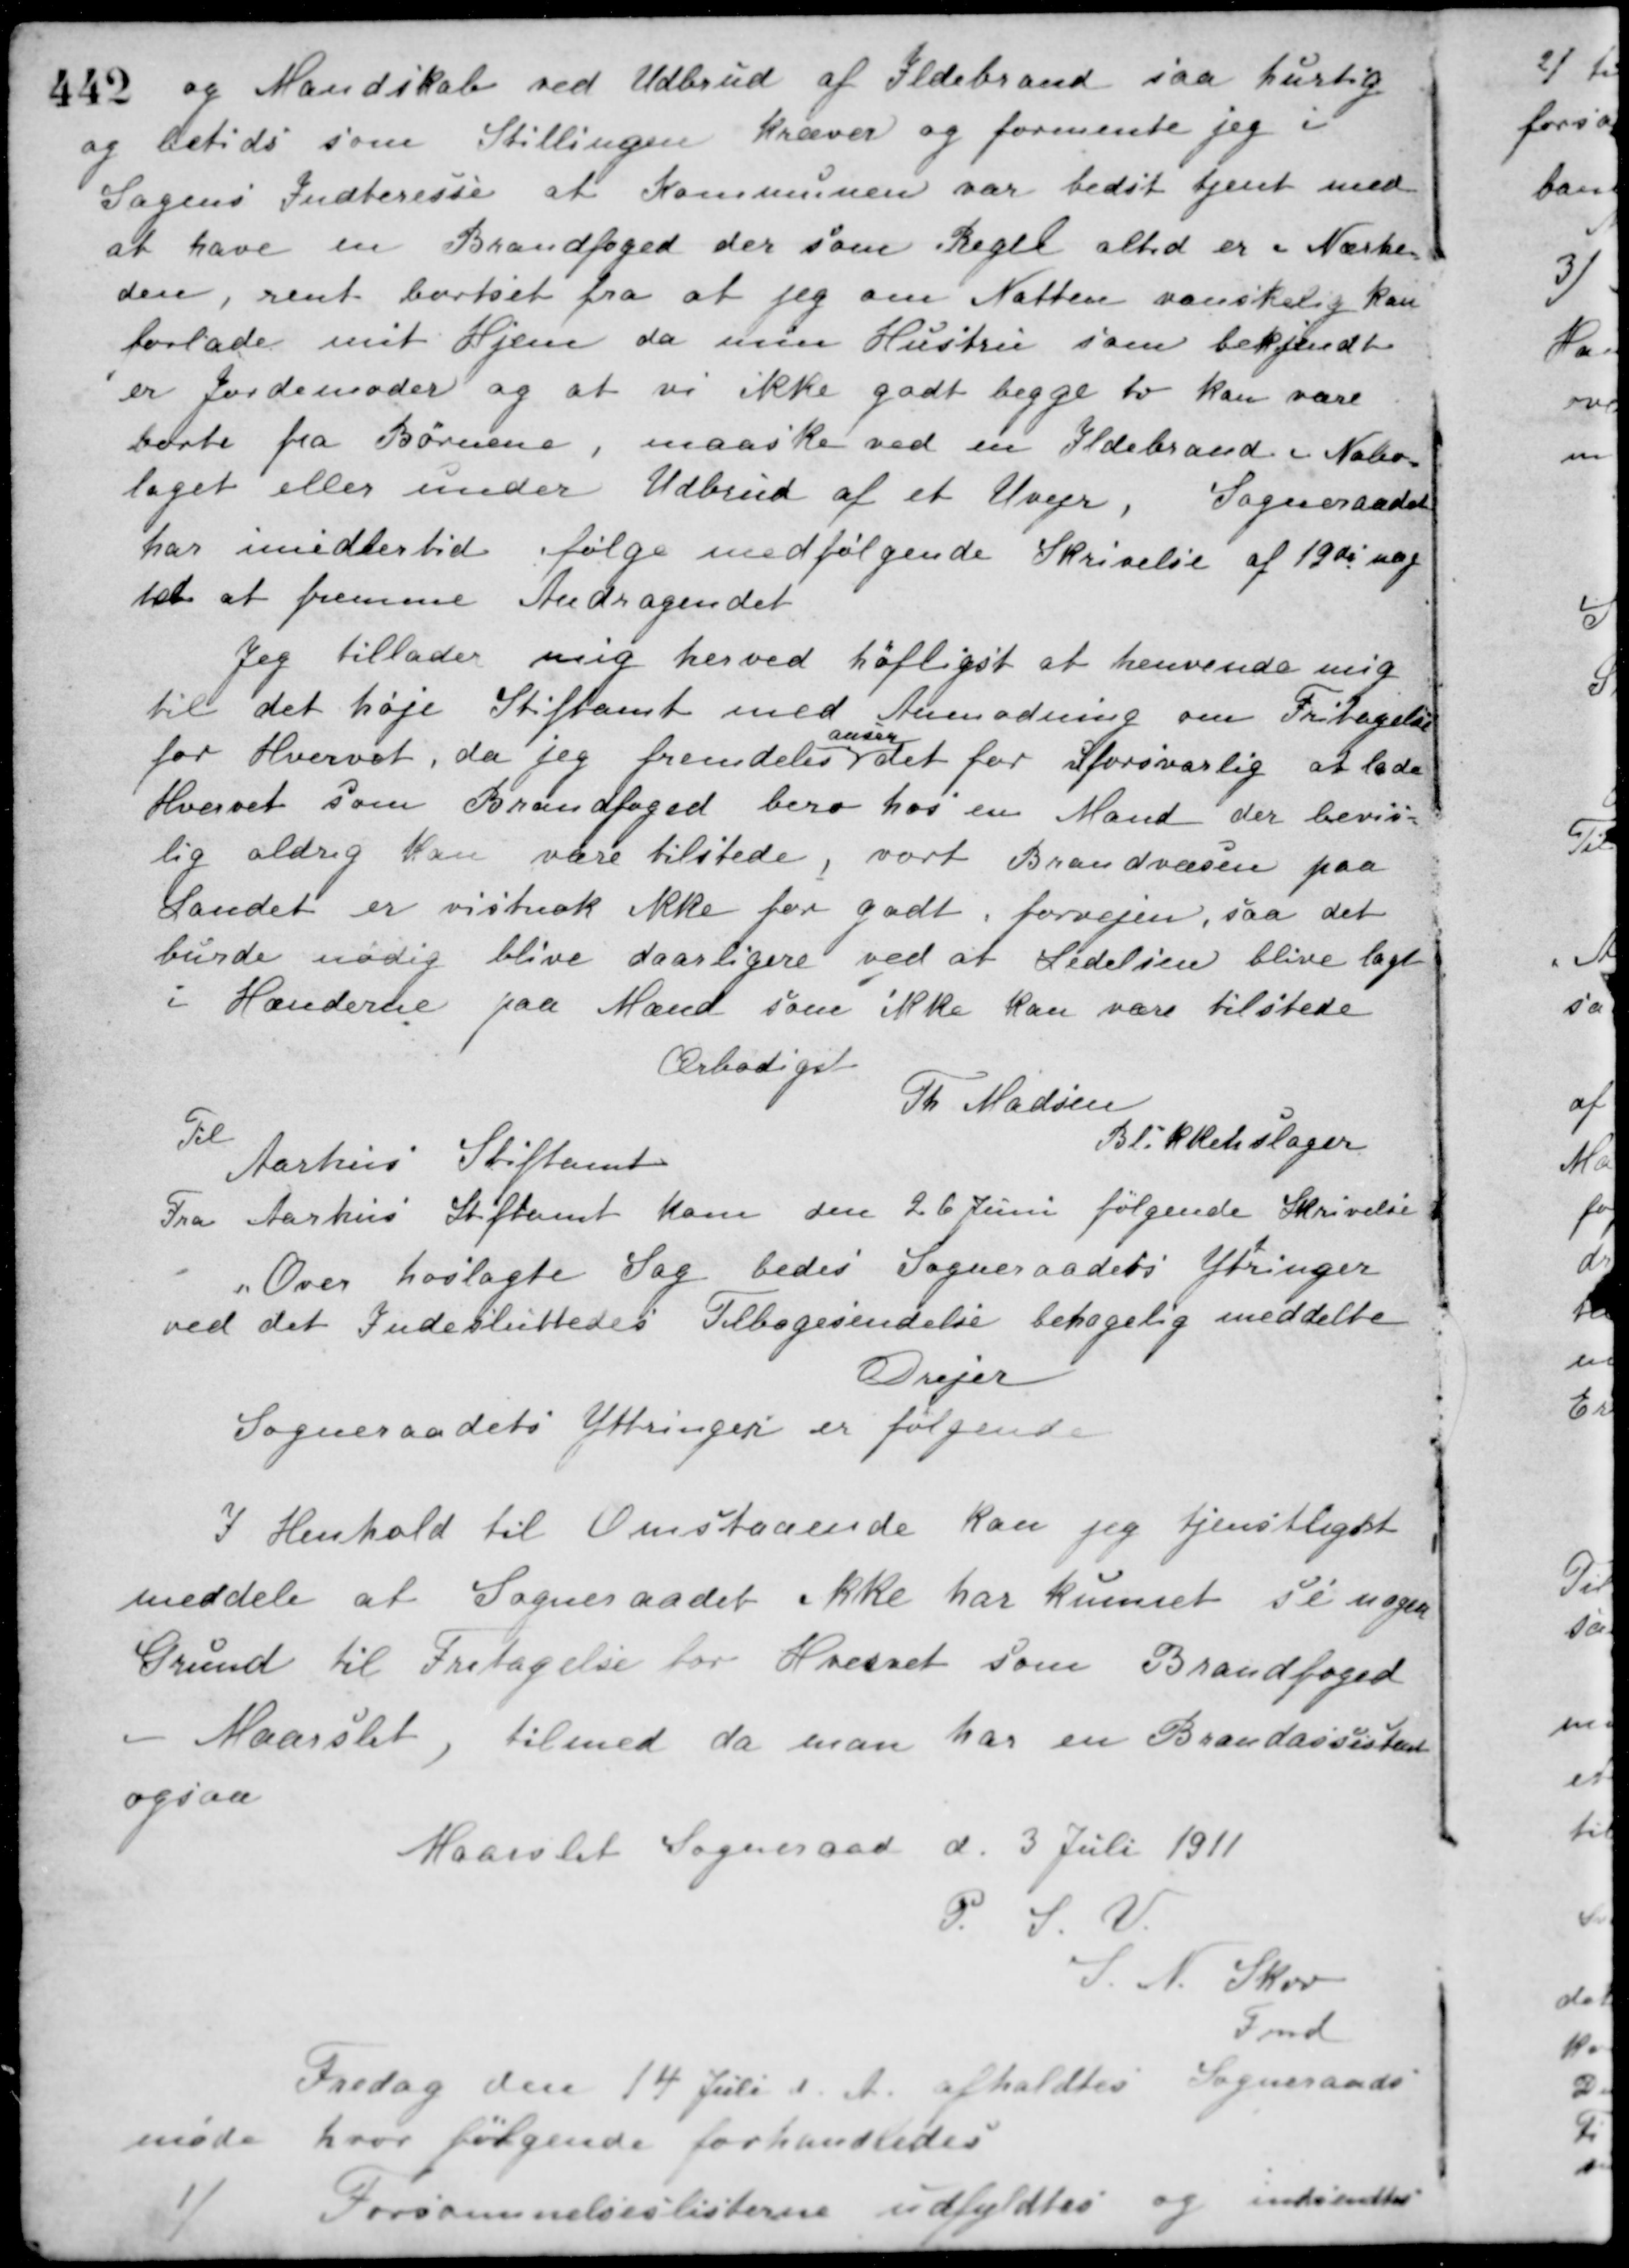
Transskription:
og Mandskab ved Udbrud af Ildebrand saa hurtig
og betids som Stillingen kræver og formente jeg i
Sagens Indteresse at Kommunen var bedst tjent med
at have en Brandfoged der som Regel altid er i Nærhe-
den, rent bortset fra at jeg om Natten vanskelig kan
forlade mit Hjem, da min Hustru som bekjendt
er Jordemoder og at vi ikke godt begge to kan være
borte fra Børnene, maaske ved en Ildebrand i Nabo-
laget eller under Udbrud af et Uvejr. Sogneraadet
har imidlertid ifølge medfølgende Skrivelse af 19de næg-
tet at fremme Andragendet.
Jeg tillader mig herved høfligst at henvende mig
til det høje Stiftamt med Anmodning om Fritagelse
for Hvervet, da jeg fremdeles
anser
det for uforsvarlig at lade
Hvervet som Brandfoged bero hos en Mand der bevis-
lig aldrig kan være tilstede, vort Brandvæsen paa
Landet er vistnok ikke for godt i forvejen, saa det
burde nødig blive daarligere ved at Ledelsen blive lagt
i Hænderne paa Mænd som ikke kan være tilstede.
Ærbødigst
Th. Madsen
Blikkenslager
Til
Aarhus Stiftamt
Fra Aarhus Stiftamt kom den 26 Juni følgende Skrivelse
"Over hoslagte Sag bedes Sogneraadets Ytringer
ved det Indesluttedes Tilbagesendelse behagelig meddelt.
Drejer
Sogneraadets Yttringer er følgende
I Henhold til Omstaaende kan jeg tjenstligtet
meddele at Sogneraadet ikke har kunnet se nogen
Grund til Fritagelse for Hvervet som Brandfoged
i Maarslet, til med da man har en Brandassistent
ogsaa.
Maarslet Sogneraad d. 3 Juli 1911
P. S. V.
S. N. Skov
Fmd.
Fredag den 14 Juli d. A. afholdtes Sogneraads-
møde hvor følgende forhandledes
Forsømmelseslisterne udfyldtes og indsendtes
1/